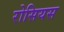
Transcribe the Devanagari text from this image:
रोसियस